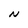
Character: N